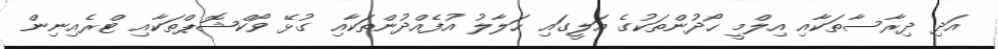
އަދި ދިރާސާތަކާއި އިލްމީ ހޯދުންތަކުގެ އަލީގައި ހަލާލު އުފެއްދުންތަކާއި ގުޅޭ ވޯކްޝޮޕްތަކާއި ޓްރެއިނިން